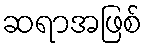
ဆရာအဖြစ်